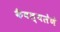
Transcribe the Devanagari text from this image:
कैवल्यलेणे